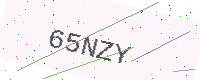
Text: 65NZY